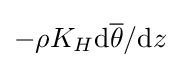
-\rho K_{H}\mathrm {d} {\overline {\theta }}/\mathrm {d} z